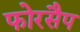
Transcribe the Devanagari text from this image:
फोरसैप